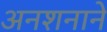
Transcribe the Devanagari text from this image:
अनशनाने